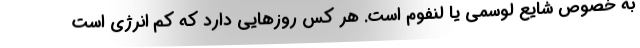
به خصوص شایع لوسمی یا لنفوم است. هر کس روزهایی دارد که کم انرژی است